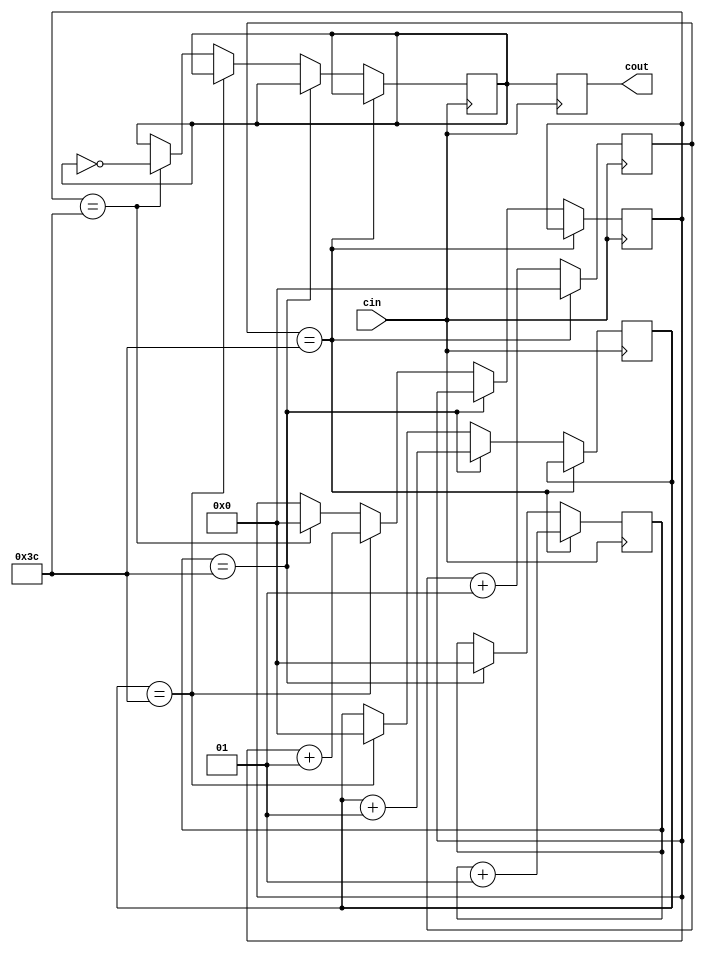
module clock_divider ( cin, cout);
input cin;
output cout;

parameter timeconst = 60;//constant
integer count0;
integer count1;
integer count2;
integer count3;
reg d;
reg cout;

initial begin
count0=0;
count1=0;
count2=0;
count3=0;
d = 0;
end

always @ (posedge cin ) begin
    count0 <= (count0 + 1);
    if ((count0 == timeconst)) begin
        count0 <= 0;
        count1 <= (count1 + 1);
    end
    else if ((count1 == timeconst)) begin
        count1 <= 0;
        count2 <= (count2 + 1);
    end
    else if ((count2 == timeconst)) begin
        count2 <= 0;
        count3 <= (count3 + 1);
    end
    else if ((count3 == timeconst)) begin
        count3 <= 0;
        d <= ~ (d);
    end
        cout <= d;
end // end always

endmodule